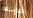
الفاسقة